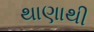
થાણાથી